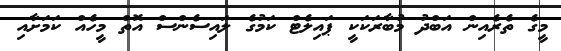
މީގެ ތެރެއިން އަބްދު މުބާރަކަކީ ޕައިލެޓް ކަމުގެ ލައިސެންސް އޮތް މީހެއް ކަމަށާއި